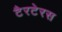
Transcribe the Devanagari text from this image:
टैरटेरस